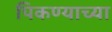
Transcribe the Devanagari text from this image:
पिकण्याच्या